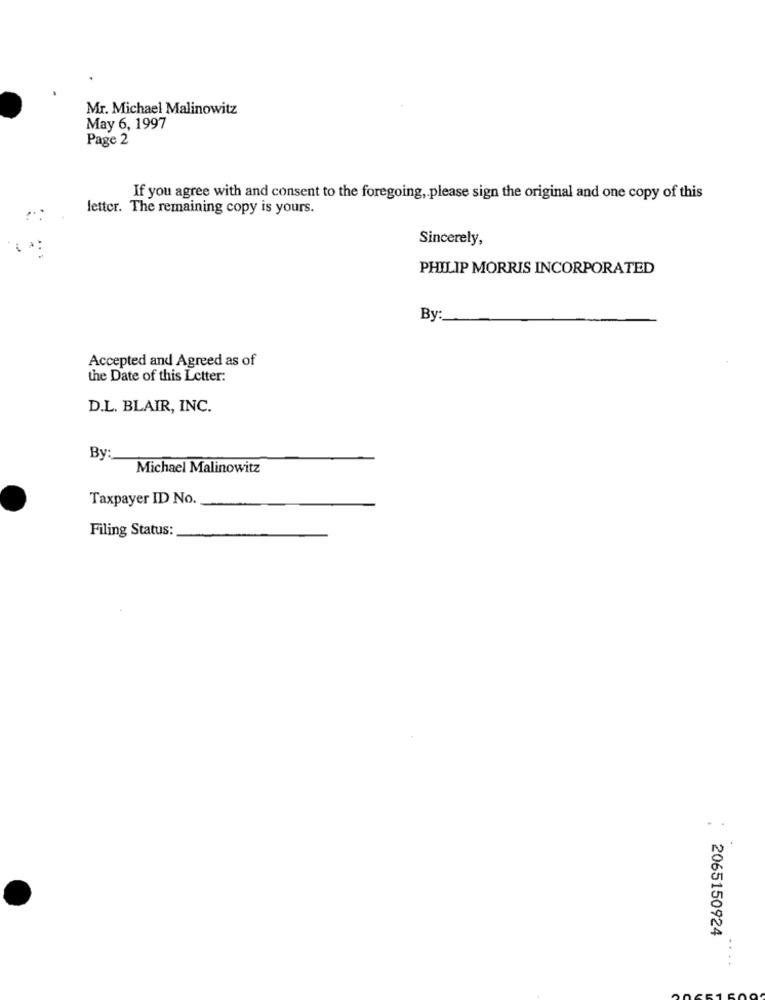
Mr. Michael Malinowitz
May 6, 1997
Page 2
If you agree with and consent to the foregoing, please sign the original and one copy of this
letter. The remaining copy is yours.
Sincerely,
PHILIP MORRIS INCORPORATED
By:
Accepted and Agreed as of
the Date of this Letter:
D.L. BLAIR, INC.
By
Michael Malinowitz
Taxpayer ID No.
Filing Status:
2065150924